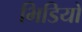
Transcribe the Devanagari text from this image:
भिडियो